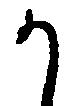
か